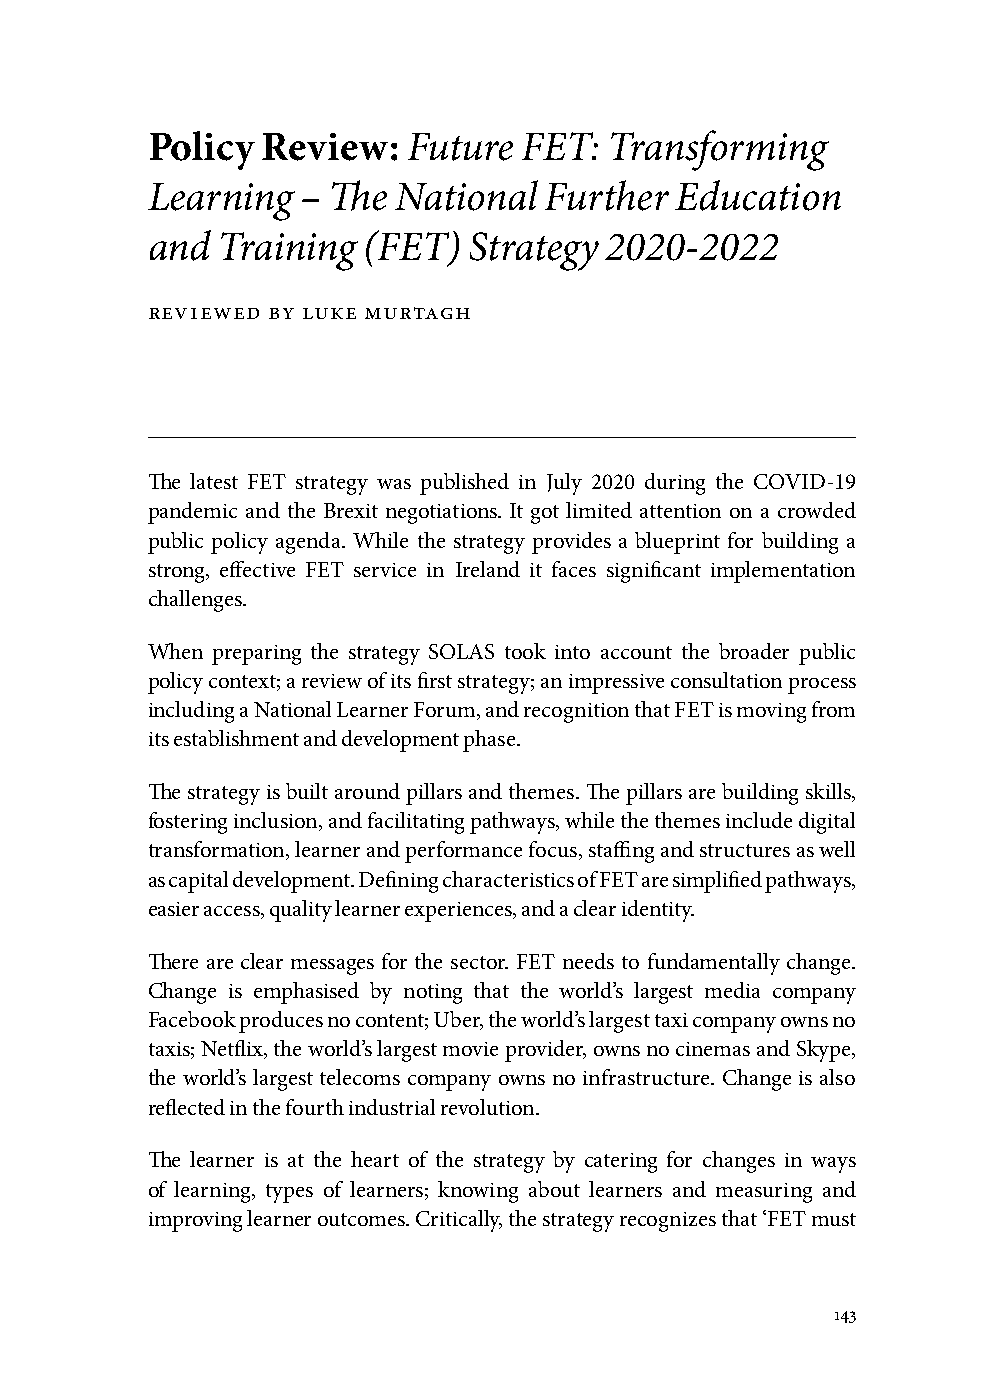
Policy Review:   Future  FET: Transforming
 Learning  – The National  Further  Education
 and Training  (FET)  Strategy 2020-2022
 reviewed by luke murtagh
 The latest FET strategy was published in July 2020 during the COVID-19
 pandemic and the Brexit negotiations. It got limited attention on a crowded
 public policy agenda. While the strategy provides a blueprint for building a
 strong, effective FET service in Ireland it faces significant implementation
 challenges.
 When preparing the strategy SOLAS took into account the broader public
 policy context; a review of its first strategy; an impressive consultation process
 including a National Learner Forum, and recognition that FET is moving from
 its establishment and development phase.
 The strategy is built around pillars and themes. The pillars are building skills,
 fostering inclusion, and facilitating pathways, while the themes include digital
 transformation, learner and performance focus, staffing and structures as well
 as capital development. Defining characteristics of FET are simplified pathways,
 easier access, quality learner experiences, and a clear identity.
 There are clear messages for the sector. FET needs to fundamentally change.
 Change is emphasised by noting that the world’s largest media company
 Facebook produces no content; Uber, the world’s largest taxi company owns no
 taxis; Netflix, the world’s largest movie provider, owns no cinemas and Skype,
 the world’s largest telecoms company owns no infrastructure. Change is also
 reflected in the fourth industrial revolution.
 The learner is at the heart of the strategy by catering for changes in ways
 of learning, types of learners; knowing about learners and measuring and
 improving learner outcomes. Critically, the strategy recognizes that ‘FET must
 143